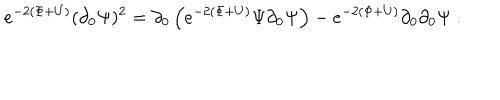
e ^ { - 2 \left( \Phi + U \right) } ( \partial _ { 0 } \Psi ) ^ { 2 } = \partial _ { 0 } \left( e ^ { - 2 \left( \Phi + U \right) } \Psi \partial _ { 0 } \Psi \right) - e ^ { - 2 \left( \Phi + U \right) } \partial _ { 0 } \partial _ { 0 } \Psi \ .